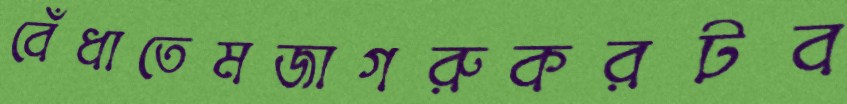
বেঁধাতেমজাগরুকরটব